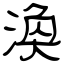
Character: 渙